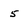
Character: 5